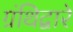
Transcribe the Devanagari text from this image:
ग्रंथिद्वारे